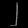
Digit: ၂